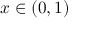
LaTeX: x \in ( 0 , 1 )